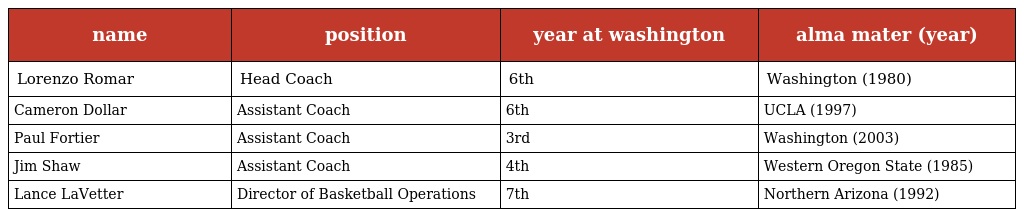
| name | position | year at washington | alma mater (year) |
 | --- | --- | --- | --- |
 | Lorenzo Romar | Head Coach | 6th | Washington (1980) |
 | Cameron Dollar | Assistant Coach | 6th | UCLA (1997) |
 | Paul Fortier | Assistant Coach | 3rd | Washington (2003) |
 | Jim Shaw | Assistant Coach | 4th | Western Oregon State (1985) |
 | Lance LaVetter | Director of Basketball Operations | 7th | Northern Arizona (1992) |